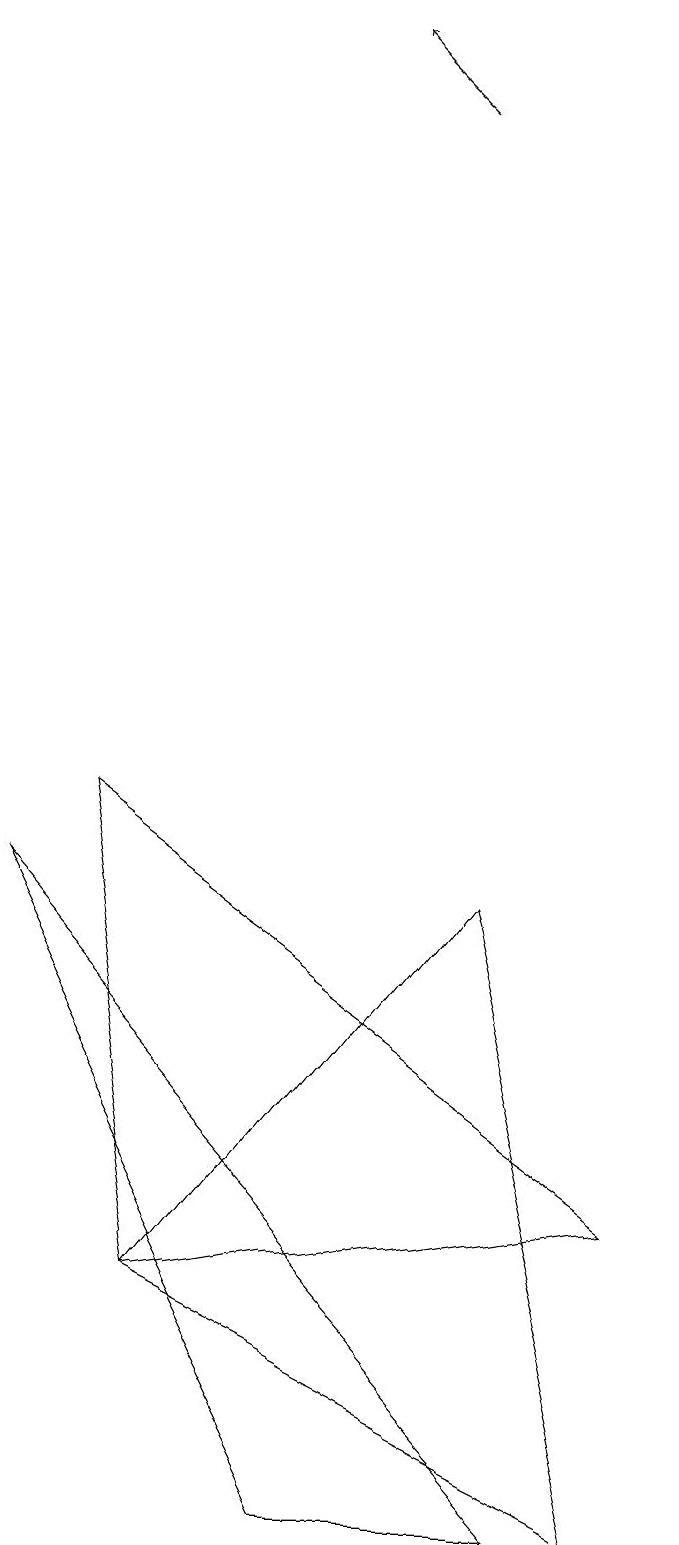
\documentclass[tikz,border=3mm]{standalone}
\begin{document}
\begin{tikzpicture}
\draw (5,0) -- (1,8) -- (8,0) -- cycle;
\draw (3,3) -- (9,4) -- (2,9) -- cycle;
\draw (9,0) -- (3,3) -- (7,8) -- cycle;
\draw[->] (6,18) -- (5,19);
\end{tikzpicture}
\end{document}